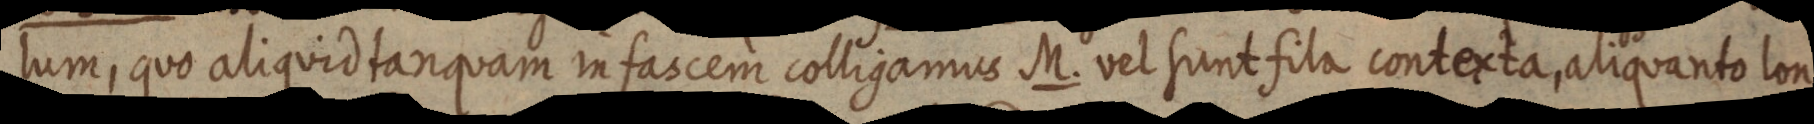
lum, quo aliquid tanquam in fascem colligamus M. vel sunt sila contexta, aliquanto lon